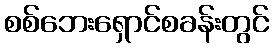
စစ်ဘေးရှောင်စခန်းတွင်